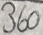
Text: 360